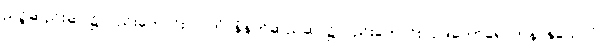
ညဉ့်ဆည်းဆာ၌လည်းကောင်း။ ပါတံ၊ နံနက်ဆည်ဆာ၌လည်းကောင်း။ ဥဒကောရောဟနာနုယောဂံ၊